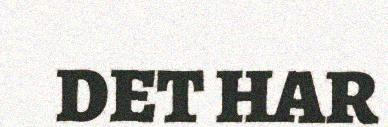
DET HAR